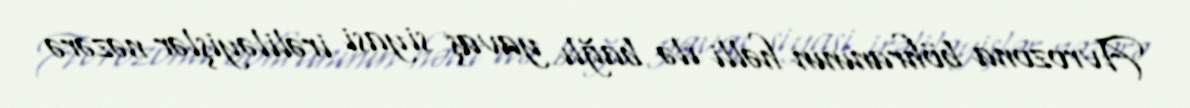
Avrozona böhranının həlli ilə bağlı yavaş siyasi irəliləyişlər nəzərə